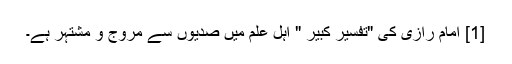
[1] امام رازی کی "تفسیر کبیر " اہل علم میں صدیوں سے مروج و مشتہر ہے۔